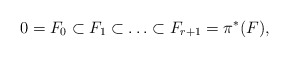
\begin{align*} 0=F_0 \subset F_1 \subset \ldots \subset F_{r+1} = \pi^*(F),\end{align*}